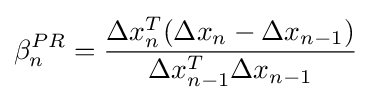
\beta _{n}^{PR}={\frac {\Delta x_{n}^{T}(\Delta x_{n}-\Delta x_{n-1})}{\Delta x_{n-1}^{T}\Delta x_{n-1}}}